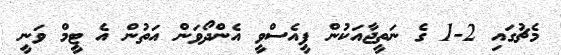
މެޗުގައި 2-1 ގެ ނަތީޖާއަކުން ޕީއެސްވީ އެންދޯވަން އަތުން އެ ޓީމް ވަނީ